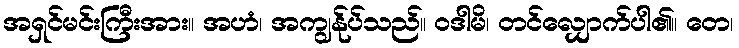
အရှင်မင်းကြီးအား။ အဟံ၊ အကျွန်ုပ်သည်။ ဝဒါမိ၊ တင်လျှောက်ပါ၏။ တေ၊